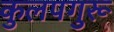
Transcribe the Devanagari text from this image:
कुलपगुरू